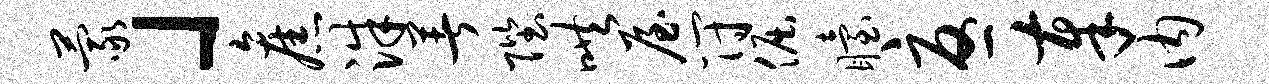
蒙」旧洙著陛哄屋符倔眙忧奉内